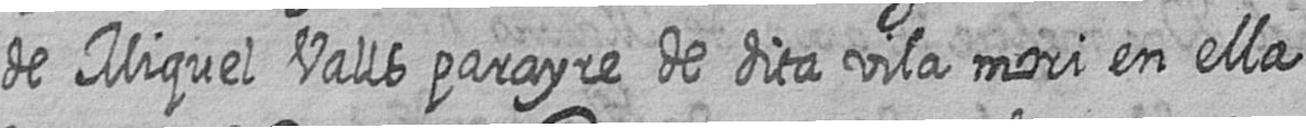
de Miquel Valls parayre de dita vila mori en ella